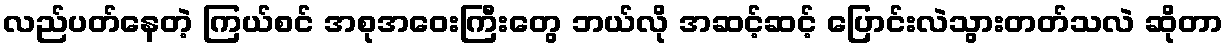
လည်ပတ်နေတဲ့ ကြယ်စင် အစုအဝေးကြီးတွေ ဘယ်လို အဆင့်ဆင့် ပြောင်းလဲသွားတတ်သလဲ ဆိုတာ